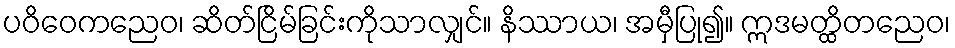
ပဝိဝေကညေဝ၊ ဆိတ်ငြိမ်ခြင်းကိုသာလျှင်။ နိဿာယ၊ အမှီပြု၍။ ဣဒမတ္ထိတညေဝ၊